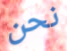
نحن